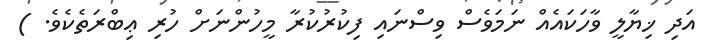
އަދި ޚިޔާލީ ވާހަކައެއް ނަމަވެސް ވިސްނައި ފިކުރުކުރާ މީހުންނަށް ހުރި ޢިބްރަތެކެވެ. )